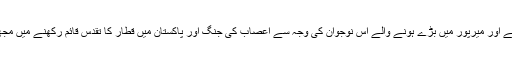
بریڈفورڈ میں پیدا ہونے اور میرپور میں بڑے ہونے والے اس نوجوان کی وجہ سے اعصاب کی جنگ اور پاکستان میں قطار کا تقدس قائم رکھنے میں مجھے کامیابی ملی تھی۔